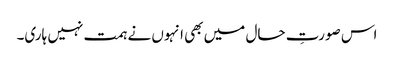
اس صورتِ حال میں بھی انہوں نے ہمت نہیں ہاری۔